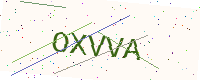
Text: OXVVA